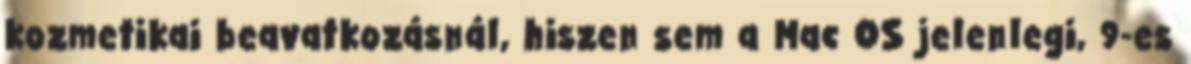
kozmetikai beavatkozásnál, hiszen sem a Mac OS jelenlegi, 9-es